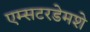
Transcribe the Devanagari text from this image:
एम्सटरडेमशे